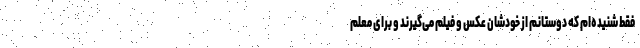
فقط شنیده‌ام که دوستانم از خودشان عکس و فیلم می‌گیرند و برای معلم